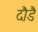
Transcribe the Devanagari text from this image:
दौडै